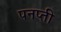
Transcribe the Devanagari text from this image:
पनप्ती